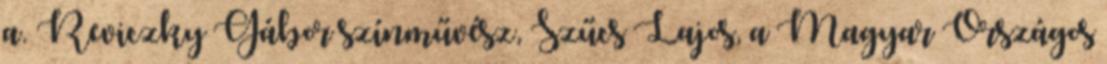
a. Reviczky Gábor színművész, Szűcs Lajos, a Magyar Országos